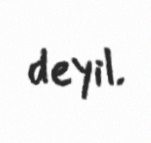
deyil.